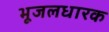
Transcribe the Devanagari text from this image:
भूजलधारक